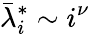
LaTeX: \bar{\lambda}_{i}^{*}\sim i^{\nu}